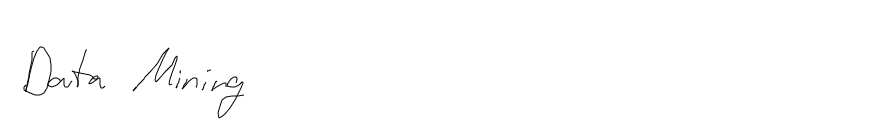
Data Mining